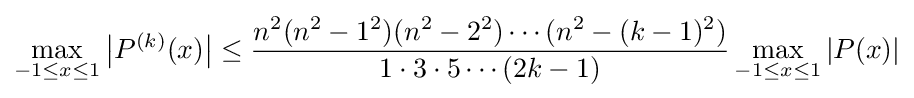
\max _{-1\leq x\leq 1}{\big |}P^{(k)}(x){\big |}\leq {\frac {n^{2}(n^{2}-1^{2})(n^{2}-2^{2})\cdots (n^{2}-(k-1)^{2})}{1\cdot 3\cdot 5\cdots (2k-1)}}\max _{-1\leq x\leq 1}|P(x)|